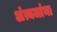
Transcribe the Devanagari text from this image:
अंत्यजांना